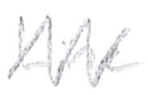
Text: Line
Cross-out: mix
Writing tool: pencil